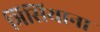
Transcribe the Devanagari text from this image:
भिसियाना